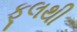
ફૂલથી